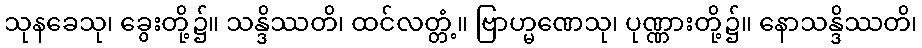
သုနခေသု၊ ခွေးတို့၌။ သန္ဒိဿတိ၊ ထင်လတ္တံ့။ ဗြာဟ္မဏေသု၊ ပုဏ္ဏားတို့၌။ နောသန္ဒိဿတိ၊